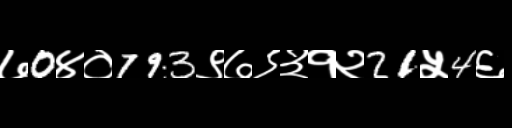
Text: ७0४०793९७९३१२21५4६